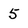
Character: 5